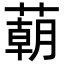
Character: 𦺓